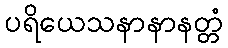
ပရိယေသနာနာနတ္တံ